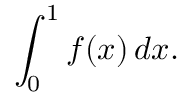
\int _ { 0 } ^ { 1 } f ( x ) \, d x .